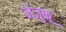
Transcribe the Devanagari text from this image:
नेंजुकू